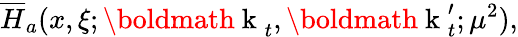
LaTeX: \overline{{{H}}}_{a}(x,\xi;\mathrm{\boldmath~k~}_{t},\mathrm{\boldmath~k~}_{t}^{\prime};\mu^{2}),